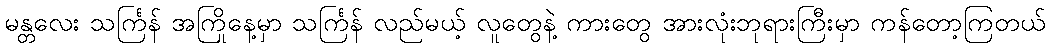
မန္တလေး သင်္ကြန် အကြိုနေ့မှာ သင်္ကြန် လည်မယ့် လူတွေနဲ့ ကားတွေ အားလုံးဘုရားကြီးမှာ ကန်တော့ကြတယ်